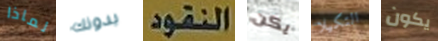
لماذا بدونك النقود يكن التكيلا يكون